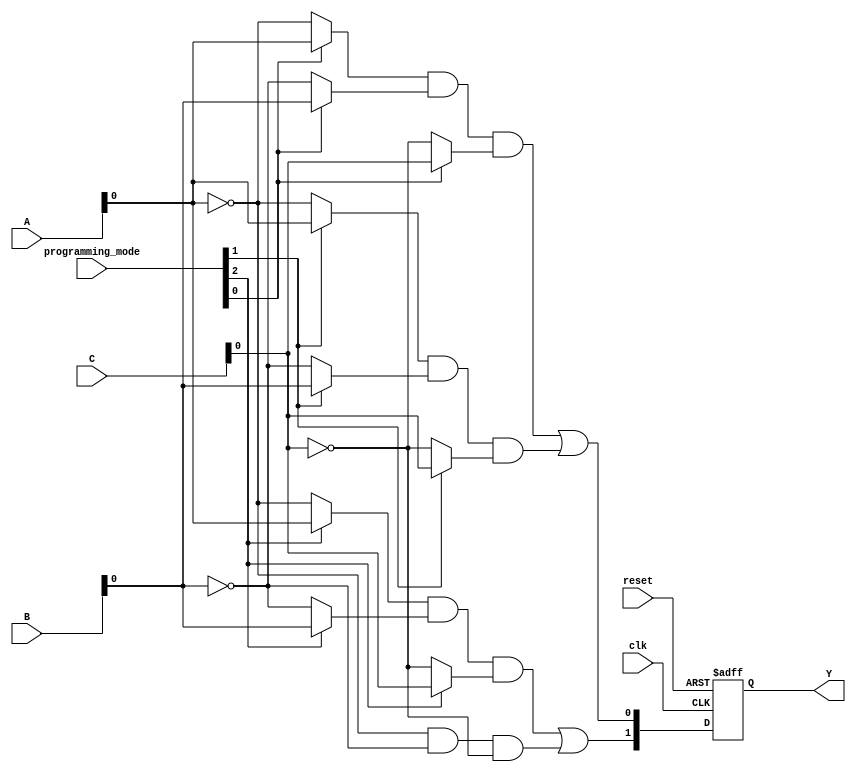
module flash_programmable_pal (
    input wire [N-1:0] A,          // Inputs A, B, C, etc.
    input wire [M-1:0] B,
    input wire [P-1:0] C,
    input wire [2:0] programming_mode, // Control signals for programming
    input wire clk,                 // Clock signal
    input wire reset,               // Reset signal
    output reg [O-1:0] Y           // Outputs Y1, Y2, etc.
);

// Parameters for the number of inputs and outputs
parameter N = 3; // Number of input lines
parameter M = 3; // Number of input lines
parameter P = 3; // Number of input lines
parameter O = 2; // Number of output lines
parameter AND_TERMS = 8; // Number of AND terms
parameter OR_TERMS = 2; // Number of OR terms

// Internal signals for AND and OR arrays
wire [AND_TERMS-1:0] and_out; // Outputs from AND array
wire [OR_TERMS-1:0] or_out;   // Outputs from OR array

// Programmable AND array
generate
    genvar i;
    for (i = 0; i < AND_TERMS; i = i + 1) begin : and_array
        // Assume programmable connections stored in a memory array
        wire a_i = (programming_mode[i] == 1'b1) ? A : ~A;
        wire b_i = (programming_mode[i] == 1'b1) ? B : ~B;
        wire c_i = (programming_mode[i] == 1'b1) ? C : ~C;
        
        assign and_out[i] = a_i & b_i & c_i; // AND gate operation
    end
endgenerate

// Fixed OR array
assign or_out[0] = and_out[0] | and_out[1]; // Example OR logic for output Y1
assign or_out[1] = and_out[2] | and_out[3]; // Example OR logic for output Y2

// Output logic
always @(posedge clk or posedge reset) begin
    if (reset) begin
        Y <= 0; // Reset output
    end else begin
        Y <= or_out; // Update output based on OR array
    end
end

endmodule